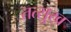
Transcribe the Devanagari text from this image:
तत्सुख